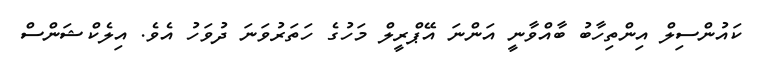
ކައުންސިލް އިންތިހާބު ބާއްވާނީ އަންނަ އޭޕްރީލް މަހުގެ ހަތަރުވަނަ ދުވަހު އެވެ. އިލެކްޝަންސް